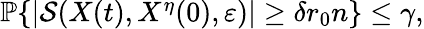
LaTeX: \begin{array}{r}{\mathbb{P}\{ |\mathcal{S}(X(t),X^{\eta}(0),\varepsilon)|\ge\delta r_{0}n\} \le\gamma,}\end{array}